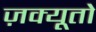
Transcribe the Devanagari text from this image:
ज़क्यूतो